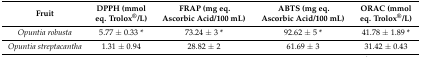
<table><thead><tr><td><b>Fruit</b></td><td><b>DPPH (mmol eq. Trolox<sup>®</sup>/L)</b></td><td><b>FRAP (mg eq. Ascorbic Acid/100 mL)</b></td><td><b>ABTS (mg eq. Ascorbic Acid/100 mL)</b></td><td><b>ORAC (mmol eq. Trolox<sup>®</sup>/L)</b></td></tr></thead><tbody><tr><td><i>Opuntia robusta</i></td><td>5.77 ± 0.33 *</td><td>73.24 ± 3 *</td><td>92.62 ± 5 *</td><td>41.78 ± 1.89 *</td></tr><tr><td><i>Opuntia streptacantha</i></td><td>1.31 ± 0.94</td><td>28.82 ± 2</td><td>61.69 ± 3</td><td>31.42 ± 0.43</td></tr></tbody></table>